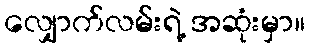
လျှောက်လမ်းရဲ့ အဆုံးမှာ။